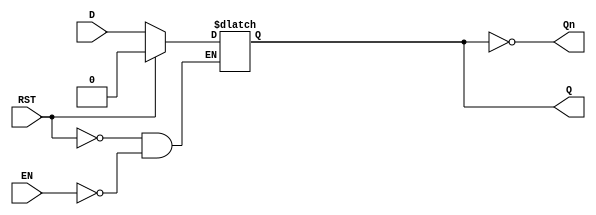
module latch_register (
    input wire D,        // Data input
    input wire EN,       // Enable signal
    input wire RST,      // Reset signal
    output reg Q,        // Data output
    output wire Qn       // Complement output
);

    // Complement output
    assign Qn = ~Q;

    // Latch behavior
    always @(*)
    begin
        if (RST) begin
            Q <= 1'b0; // Clear the latch output when reset is high
        end else if (EN) begin
            Q <= D;    // Capture input D when EN is high
        end
        // If EN is low, maintain the current state of Q
    end

endmodule